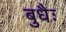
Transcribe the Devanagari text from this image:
बुधैः